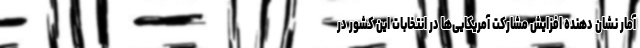
آمار نشان دهنده افزایش مشارکت آمریکایی‌ها در انتخابات این کشور در